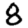
Digit: 8